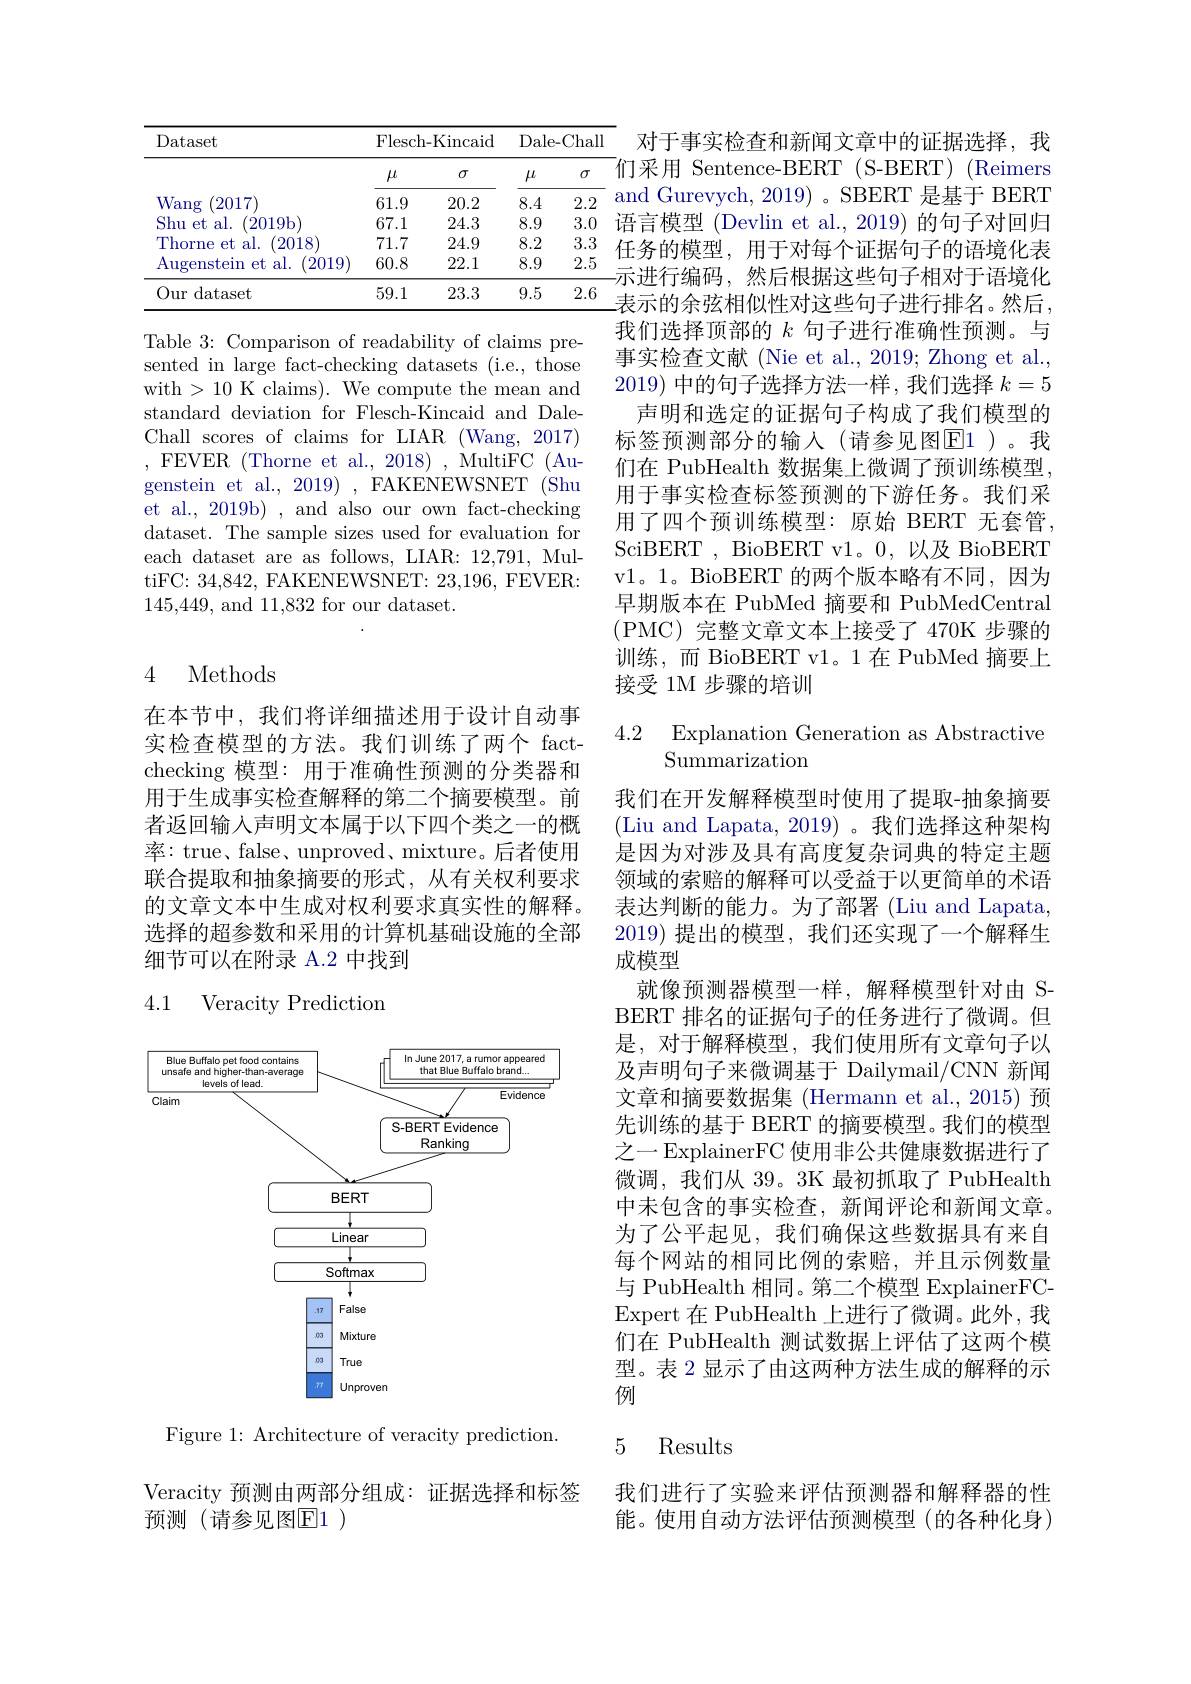
<table>
	<tbody>
		<tr>
			<th rowspan="2">Dataset</th>
			<th colspan="2">Flesch-Kincaid</th>
			<th colspan="3">Dale- Chal</th>
		</tr>
		<tr>
			<th>$\mu$</th>
			<th>$\sigma$</th>
			<th>$\mu$</th>
			<th>$\sigma$</th>
			<th> </th>
		</tr>
		<tr>
			<td>Wang 2017</td>
			<td>61.9</td>
			<td>20.2</td>
			<td>8.4</td>
			<td>$2.`$</td>
			<td>2</td>
		</tr>
		<tr>
			<td>Shu et al. (2019b</td>
			<td>67.1</td>
			<td>24.3</td>
			<td>8.9</td>
			<td>3.</td>
			<td>0 1</td>
		</tr>
		<tr>
			<td>2018 Thorne et al</td>
			<td>71.7</td>
			<td>24.9</td>
			<td>8.2</td>
			<td>3.</td>
			<td>3 e</td>
		</tr>
		<tr>
			<td>2019 $\operatorname{Augenstein}$ $\textbf{n et al. }$</td>
			<td>60.8</td>
			<td>22.1</td>
			<td>8.9</td>
			<td>2. </td>
			<td>5</td>
		</tr>
		<tr>
			<td>Our dataset</td>
			<td>59.1</td>
			<td>23.3</td>
			<td>9.5</td>
			<td>2.</td>
			<td>6</td>
		</tr>
	</tbody>
</table>

Table 3: Comparison of readability of claims presented in large fact-checking datasets (i.e., those with > 10 K claims). We compute the mean and standard deviation for Flesch-Kincaid and DaleChall scores of claims for LIAR (Wang, 2017) ,FEVER(Thorne et al., 2018),MultiFC(Augenstein et al., 2019) , FAKENEWSNET (Shu et al., 2019b) , and also our own fact-checking dataset. The sample sizes used for evaluation for each dataset are as follows, LIAR: 12,791, MultiFC: 34,842, FAKENEWSNET: 23,196, FEVER: 145,449, and 11,832 for our dataset.

## 4 Methods

在本节中，我们将详细描述用于设计自动事实检查模型的方法。我们训练了两个 factchecking 模型：用于准确性预测的分类器和用于生成事实检查解释的第二个摘要模型。前者返回输入声明文本属于以下四个类之一的概率：true、false、unproved、mixture。后者使用联合提取和抽象摘要的形式，从有关权利要求的文章文本中生成对权利要求真实性的解释。选择的超参数和采用的计算机基础设施的全部细节可以在附录 A.2 中找到

### 4.1 Veracity Prediction

<FigureHere>

Figure 1: Architecture of veracity prediction.

Veracity 预测由两部分组成：证据选择和标签
预测(请参见图E1)

对于事实检查和新闻文章中的证据选择，我$\bar{\text{们采用 Sentence-BERT (S-BERT)}}$(Reimers and Gurevych, 2019) 。SBERT 是基于 BERT 语言模型 (Devlin et al., 2019) 的句子对回归任务的模型，用于对每个证据句子的语境化表-示进行编码，然后根据这些句子相对于语境化表示的余弦相似性对这些句子进行排名。然后， 我们选择顶部的$k$句子进行准确性预测。与事实检查文献 (Nie et al., 2019; Zhong et al., 2019)中的句子选择方法一样，我们选择$k=5$
声明和选定的证据句子构成了我们模型的标签预测部分的输入(请参见图$\boxed{\mathrm{E}}1$)。我们在 PubHealth 数据集上微调了预训练模型， 用于事实检查标签预测的下游任务。我们采用了四个预训练模型：原始 BERT 无套管， SciBERT , BioBERT v1。0, 以及 BioBERT v1。1。BioBERT 的两个版本略有不同，因为早期版本在 PubMed 摘要和 PubMedCentral (PMC)完整文章文本上接受了470K步骤的训练，而 BioBERT v1。1在 PubMed 摘要上接受 1M 步骤的培训

4.2 Explanation Generation as Abstractive
# Summarization

我们在开发解释模型时使用了提取-抽象摘要(Liu and Lapata, 2019)。我们选择这种架构是因为对涉及具有高度复杂词典的特定主题领域的索赔的解释可以受益于以更简单的术语表达判断的能力。为了部署 (Liu and Lapata, 2019) 提出的模型，我们还实现了一个解释生成模型
就像预测器模型一样，解释模型针对由 SBERT 排名的证据句子的任务进行了微调。但是，对于解释模型，我们使用所有文章句子以及声明句子来微调基于 Dailymail/CNN 新闻文章和摘要数据集 (Hermann et al., 2015) 预先训练的基于 BERT 的摘要模型。我们的模型之一 ExplainerFC 使用非公共健康数据进行了微调，我们从 39。3K 最初抓取了 PubHealth 中未包含的事实检查，新闻评论和新闻文章。为了公平起见，我们确保这些数据具有来自每个网站的相同比例的索赔，并且示例数量与 PubHealth 相同。第二个模型 ExplainerFCExpert 在 PubHealth 上进行了微调。此外，我们在 PubHealth 测试数据上评估了这两个模型。表 2 显示了由这两种方法生成的解释的示例

## 5 Results

我们进行了实验来评估预测器和解释器的性能。使用自动方法评估预测模型(的各种化身)